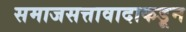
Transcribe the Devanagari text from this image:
समाजसत्तावादाकडून